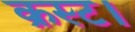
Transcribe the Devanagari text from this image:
क्रस्ट।